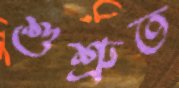
শুশ্রুত